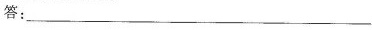
答：___